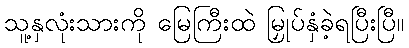
သူ့နှလုံးသားကို မြေကြီးထဲ မြှုပ်နှံခဲ့ရပြီးပြီ။